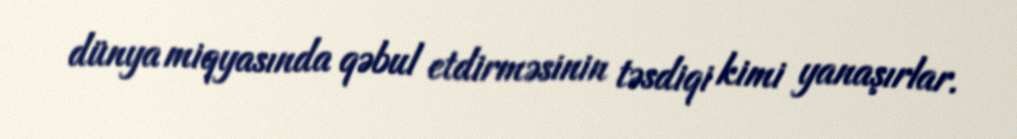
dünya miqyasında qəbul etdirməsinin təsdiqi kimi yanaşırlar.